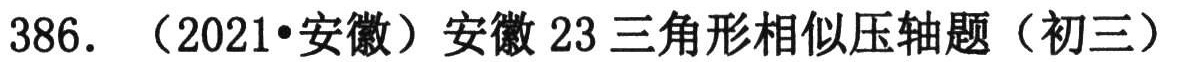
386. （2021•安徽）安徽23三角形相似压轴题（初三）